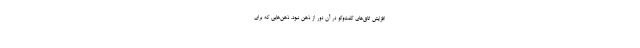
افزایش اتاق‌های گفت‌و‌گو در آن دور از ذهن نبود. ذهن‌هایی که برای